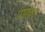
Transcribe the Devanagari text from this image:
पप्रयेग